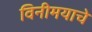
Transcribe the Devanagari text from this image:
विनीमयाचे